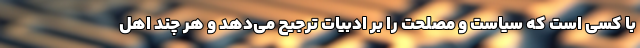
با کسی است که سیاست و مصلحت را بر ادبیات ترجیح می‌دهد و هر چند اهل